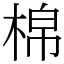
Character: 棉